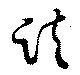
趺